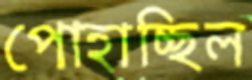
পোহাচ্ছিল